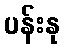
ပန်းနု